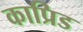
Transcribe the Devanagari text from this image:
काप्रिड